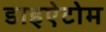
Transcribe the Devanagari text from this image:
डाइऐटोम